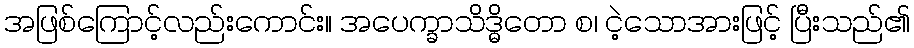
အဖြစ်ကြောင့်လည်းကောင်း။ အပေက္ခာသိဒ္ဓိတော စ၊ ငဲ့သောအားဖြင့် ပြီးသည်၏